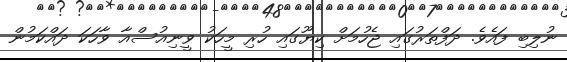
ނުލިބި ފައެވެ. ދަފްތަރުގައި ޖެހުމަށް ކިޔޫގައި ހުރި މީހަކު ވީނިއުސްއާ ވާހަކަ ދައްކަމުން